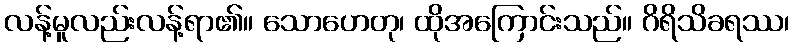
လန့်မူလည်းလန့်ရာ၏။ သောဟေတု၊ ထိုအကြောင်းသည်။ ဂိရိသိခရဿ၊